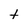
Character: t